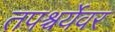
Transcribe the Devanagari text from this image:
तपश्चर्येवर